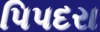
પિપદરા